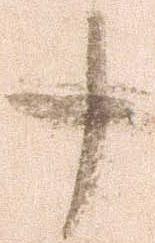
十